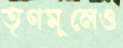
তৃণমূলেও